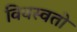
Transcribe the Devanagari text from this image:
विवस्वतो